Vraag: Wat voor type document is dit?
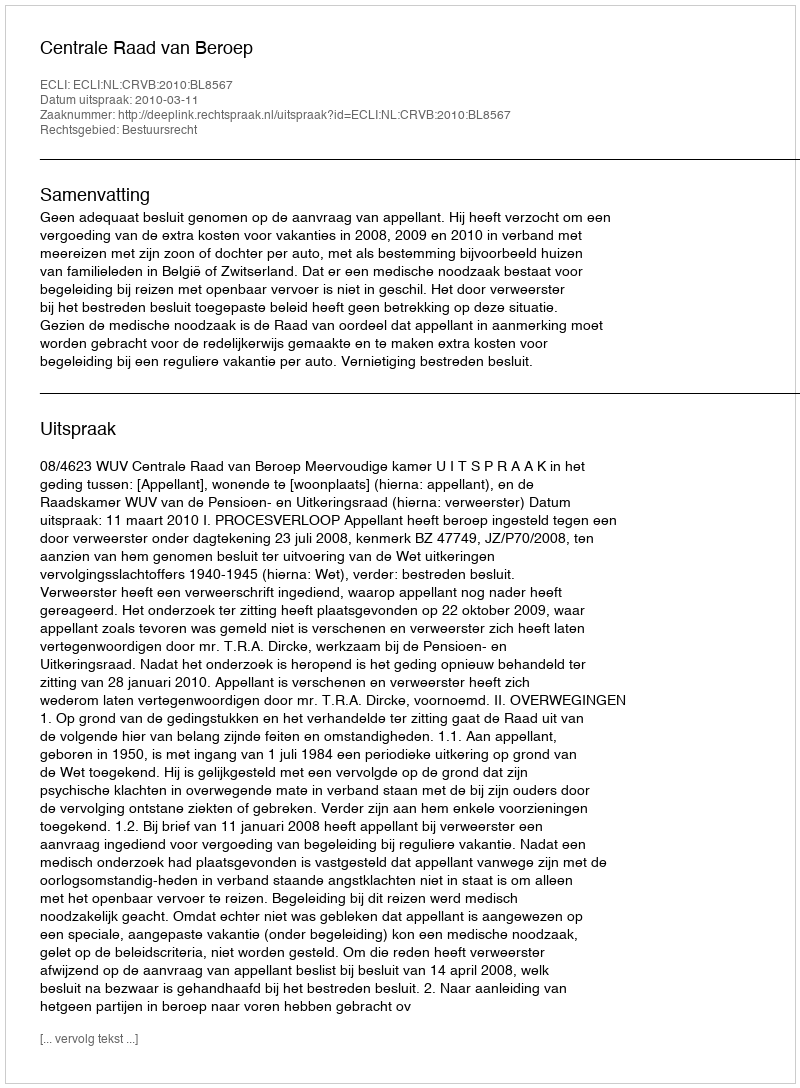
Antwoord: Uitspraak